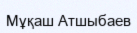
Мұқаш Атшыбаев